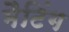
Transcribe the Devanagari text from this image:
मैटिंग